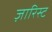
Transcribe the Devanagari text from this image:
ज़ारिस्ट